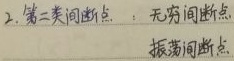
2. 第二类间断点：无穷间断点，振荡间断点